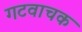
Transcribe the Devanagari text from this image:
गटवाचक